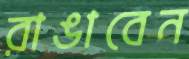
রাঙাবেন